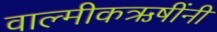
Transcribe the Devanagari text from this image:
वाल्मीकऋषींनी